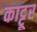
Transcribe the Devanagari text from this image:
काट्टूर